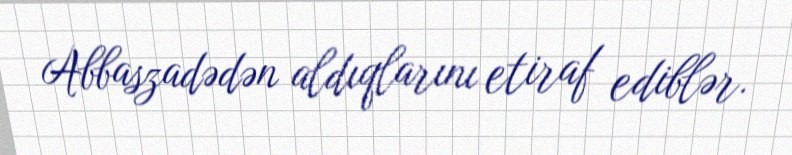
Abbaszadədən aldıqlarını etiraf ediblər.